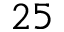
2 5